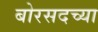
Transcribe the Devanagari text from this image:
बोरसदच्या